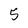
Character: 5